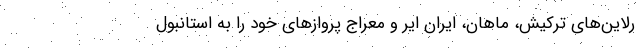
رلاین‌های ترکیش، ماهان، ایران ایر و معراج پروازهای خود را به استانبول